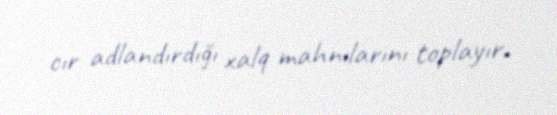
cır adlandırdığı xalq mahnılarını toplayır.